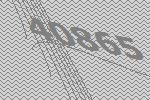
40865